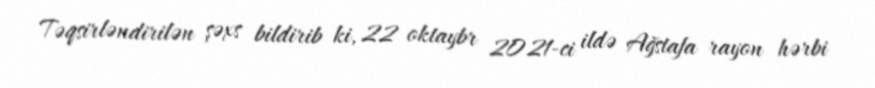
Təqsirləndirilən şəxs bildirib ki, 22 oktaybr 2021-ci ildə Ağstafa rayon hərbi